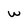
Character: w